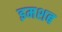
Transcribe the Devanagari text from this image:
इमशब